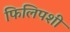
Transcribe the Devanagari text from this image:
फिलिपशी